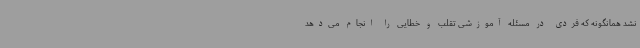
نشد همانگونه که فردی در مسئله آموزشی تقلب و خطایی را انجام می‌دهد